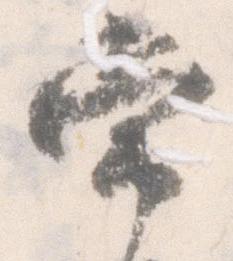
常